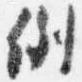
例